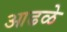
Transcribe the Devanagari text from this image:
आढळे